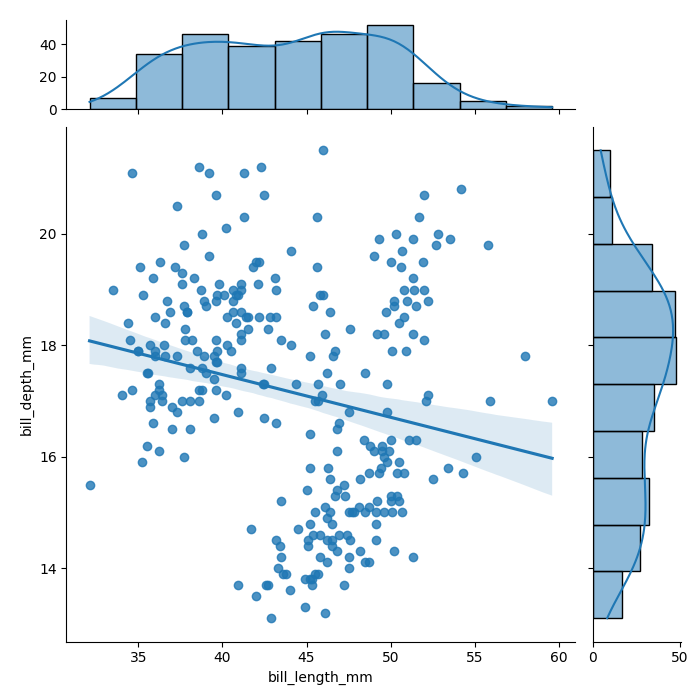
python, seaborn, jointplot, kind='reg', height='7', ratio='5', marginal_ticks='True'